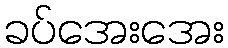
ခပ်အေးအေး